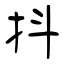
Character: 抖